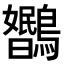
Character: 𬷳